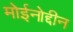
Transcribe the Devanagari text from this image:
मोईनोद्दीन